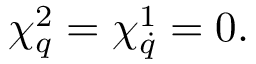
\chi _ { q } ^ { 2 } = \chi _ { \dot { q } } ^ { 1 } = 0 .